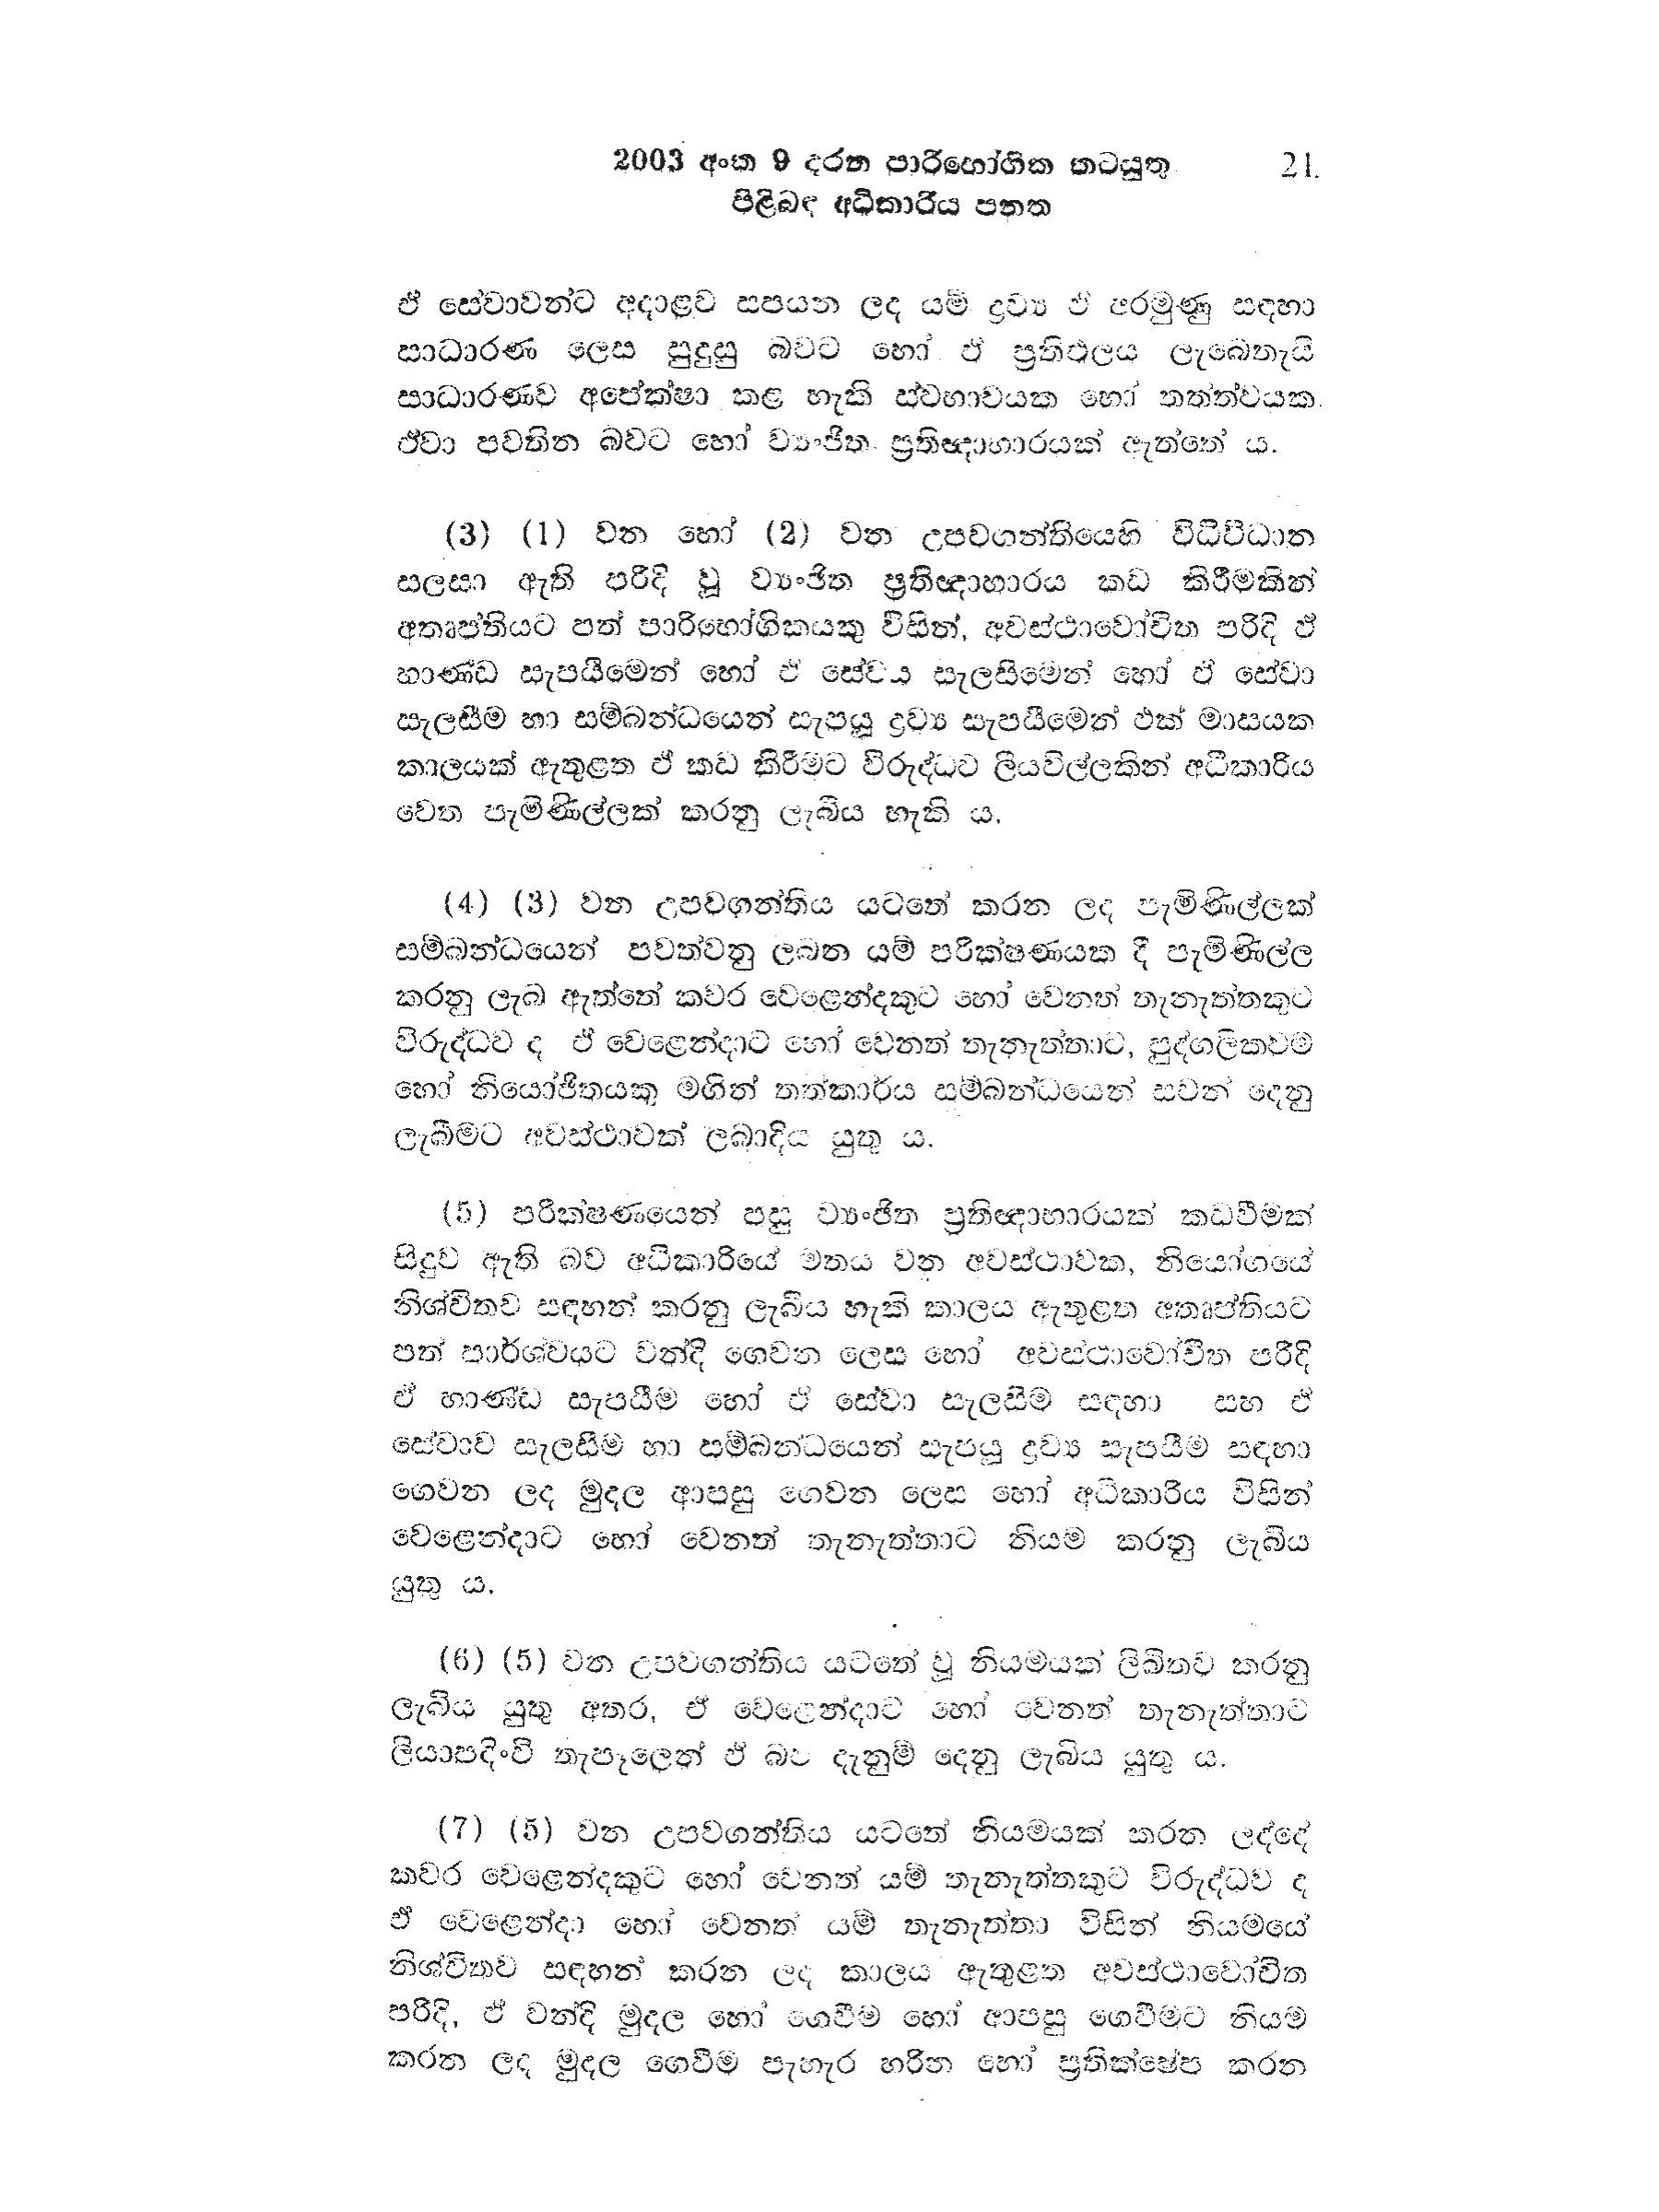
2003 අංක 9 දරන පාරිභෝගික කටයුතු 21
පිළිබඳ අධිකාරිය පනත

ඒ සේවාවන්ට අදාළව සපයන ලද යම් ද්‍රව්‍ය ඒ අරමුණු සඳහා
සාධාරණ ලෙස සුදුසු බවට හෝ ඒ ප්‍රතිඵලය ලැබෙතැයි
සාධාරණව අපේක්ෂා කළ හැකි ස්වභාවයක හෝ තත්ත්වයක.
ඒවා පවතින බවට හෝ ව්‍යාජිත, ප්‍රතිඥාහාරයක් ඇත්තේ ය.

(3) (1) වන හෝ (2) වන උපවගන්තියෙහි විධිවිධාන
සලසා ඇති පරිදි වූ ව්‍යංජිත ප්‍රතිඥාහාරය කඩ කිරීමකින්
අතෘප්තියට පත් පාරිභෝගිකයෙකු විසින්, අවස්ථාවෝචිත පරිදි ඒ
භාණ්ඩ සැපයීමෙන් හෝ ඒ සේවය සැලසීමෙන් හෝ ඒ සේවා
සැලසීම හා සම්බන්ධයෙන් සැපයූ ද්‍රව්‍ය සැපයීමෙන් එක් මාසයක
කාලයක් ඇතුළත ඒ කඩ කිරීමට විරුද්ධව ලියවිල්ලකින් අධීකාරිය
වෙත පැමිණිල්ලක් කරනු ලැබිය හැකි ය.

(4) (3) වන උපවගන්තිය යටතේ කරන ලද පැමිණිල්ලක්
සම්බන්ධයෙන් පවත්වනු ලබන යම් පරීක්ෂණයක දී පැමිණිල්ල
කරනු ලැබ ඇත්තේ කවර වෙළෙන්දකුට හෝ වෙනත් තැනැත්තකුට
විරුද්ධව ද ඒ වෙළෙන්දාට හෝ වෙනත් තැනැත්තාට, පුද්ගලිකවම
හෝ නියෝජිතයකු මගින් තත්කාර්ය සම්බන්ධයෙන් සවන් දෙනු
ලැබීමට අවස්ථාවක් ලබාදිය යුතු ය.

(5) පරීක්ෂණයෙන් පසු ව්‍යංජිත ප්‍රතිඥාභාරයක් කඩවීමක්
සිදුව ඇති බව අධිකාරියේ මතය වන අවස්ථාවක, නියෝගයේ
නිශ්චිතව සඳහන් කරනු ලැබිය හැකි කාලය ඇතුළත අතෘප්තියට
පත් පාර්ශ්වයට වන්දි ගෙවන ලෙස හෝ අවස්ථාවෝචිත පරිදි
ඒ භාණ්ඩ සැපයීම හෝ ඒ සේවා සැලසීම සඳහා සහ ඒ
සේවාව සැලසීම හා සම්බන්ධයෙන් සැපයූ ද්‍රව්‍ය සැපයීම සඳහා
ගෙවන ලද මුදල ආපසු ගෙවන ලෙස හෝ අධිකාරිය විසින්
වෙළෙන්දාට හෝ වෙනත් තැනැත්තාට නියම කරනු ලැබිය
යුතු ය.

(6) (5) වන උපවගන්තිය යටත් වූ නියමයක් ලිඛිතව කරනු
ලැබිය යුතු අතර, ඒ වෙළෙන්දාට හෝ වෙනත් තැනැත්තාට
ලියාපදිංචි තැපෑලෙන් ඒ බව දැනුම් දෙනු ලැබිය යුතු ය.

(7) (5) වන උපවගන්තිය යටතේ නියමයක් කරන ලද්දේ
කවර වෙළෙන්දකුට හෝ වෙනත් යම් තැනැත්තකුට විරුද්ධව ද
ඒ වෙළෙන්දා හෝ වෙනත් යම් තැනැත්තා විසින් නියමයේ
නිශ්චිතව සඳහන් කරන ලද කාලය ඇතුළත අවස්ථාවෝචිත
පරිදි, ඒ වන්දි මුදල හෝ ගෙවීම හෝ ආපසු ගෙවීමට නියම
කරන ලද මුදල ගෙවීම පැහැර හරින හෝ ප්‍රතික්ෂේප කරන